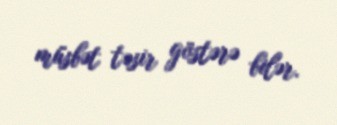
müsbət təsir göstərə bilər.